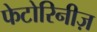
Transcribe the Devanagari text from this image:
फेटोरिनीज़